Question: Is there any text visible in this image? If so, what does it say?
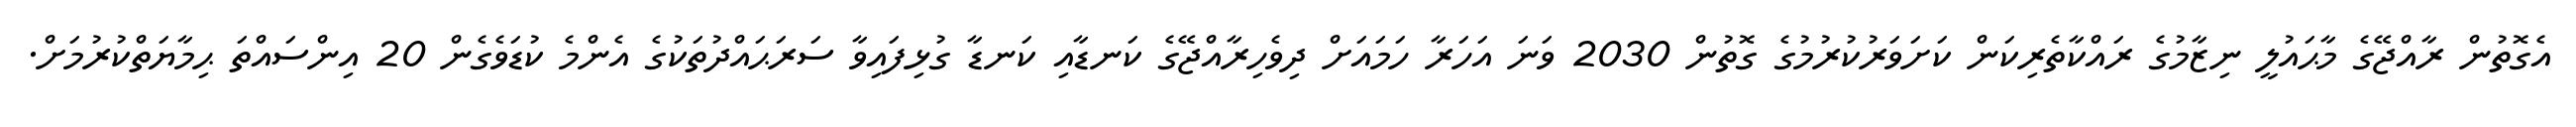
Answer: އެގޮތުން ރާއްޖޭގެ މާޙައުލީ ނިޒާމުގެ ރައްކާތެރިކަން ކަށަވަރުކުރުމުގެ ގޮތުން 2030 ވަނަ އަހަރާ ހަމައަށް ދިވެހިރާއްޖޭގެ ކަނޑާއި ކަނޑާ ގުޅިފައިވާ ސަރަޙައްދުތަކުގެ އެންމެ ކުޑަވެގެން 20 އިންސައްތަ ޙިމާޔަތްކުރުމަށް.